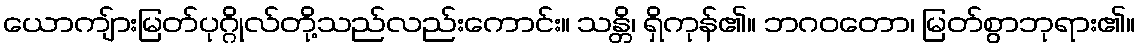
ယောကျ်ားမြတ်ပုဂ္ဂိုလ်တို့သည်လည်းကောင်း။ သန္တိ၊ ရှိကုန်၏။ ဘဂဝတော၊ မြတ်စွာဘုရား၏။